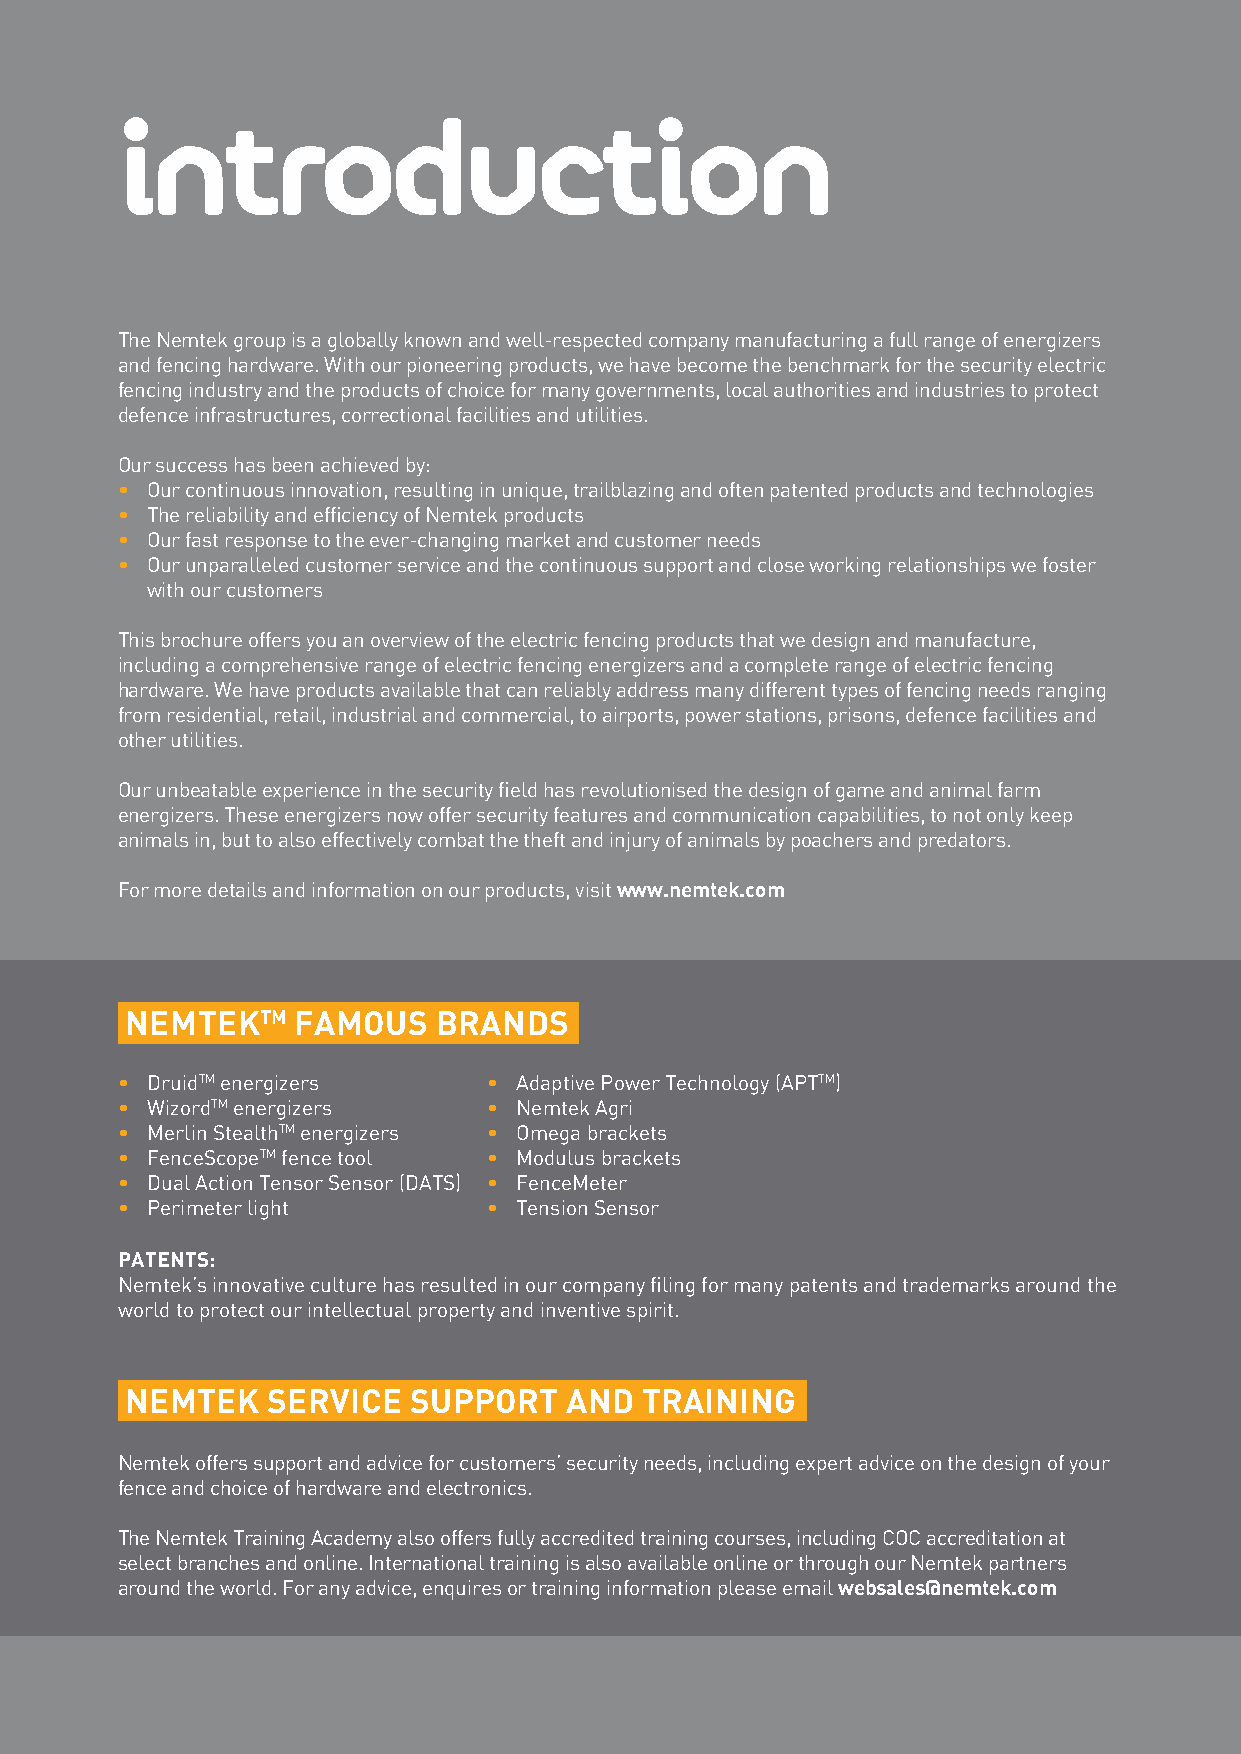
introduction
 The Nemtek group is a globally known and well-respected company manufacturing a full range of energizers
 and fencing hardware. With our pioneering products, we have become the benchmark for the security electric
 fencing industry and the products of choice for many governments, local authorities and industries to protect
 defence infrastructures, correctional facilities and utilities.
 Our success has been achieved by:
 • Our continuous innovation, resulting in unique, trailblazing and often patented products and technologies
 • The reliability and efficiency of Nemtek products
 • Our fast response to the ever-changing market and customer needs
 • O ur unparalleled customer service and the continuous support and close working relationships we foster
 with our customers
 This brochure offers you an overview of the electric fencing products that we design and manufacture,
 including a comprehensive range of electric fencing energizers and a complete range of electric fencing
 hardware. We have products available that can reliably address many different types of fencing needs ranging
 from residential, retail, industrial and commercial, to airports, power stations, prisons, defence facilities and
 other utilities.
 Our unbeatable experience in the security field has revolutionised the design of game and animal farm
 energizers. These energizers now offer security features and communication capabilities, to not only keep
 animals in, but to also effectively combat the theft and injury of animals by poachers and predators.
 For more details and information on our products, visit www.nemtek.com
 NEMTEKTM    FAMOUS   BRANDS
 • DruidTM energizers    • Adaptive Power Technology (APTTM)
 • WizordTM energizers   • Nemtek Agri
 • Merlin StealthTM energizers • Omega brackets
 • FenceScopeTM fence tool • Modulus brackets
 • Dual Action Tensor Sensor (DATS) • FenceMeter
 • Perimeter light       • Tension Sensor
 PATENTS:
 Nemtek’s innovative culture has resulted in our company filing for many patents and trademarks around the
 world to protect our intellectual property and inventive spirit.
 NEMTEK    SERVICE  SUPPORT   AND  TRAINING
 Nemtek offers support and advice for customers’ security needs, including expert advice on the design of your
 fence and choice of hardware and electronics.
 The Nemtek Training Academy also offers fully accredited training courses, including COC accreditation at
 select branches and online. International training is also available online or through our Nemtek partners
 around the world. For any advice, enquires or training information please email websales@nemtek.com